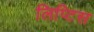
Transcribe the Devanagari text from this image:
लिप्टिस